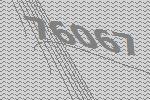
76067